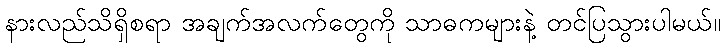
နားလည်သိရှိစရာ အချက်အလက်တွေကို သာဓကများနဲ့ တင်ပြသွားပါမယ်။